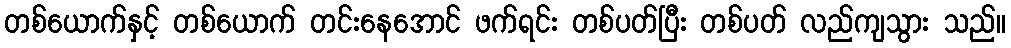
တစ်ယောက်နှင့် တစ်ယောက် တင်းနေအောင် ဖက်ရင်း တစ်ပတ်ပြီး တစ်ပတ် လည်ကျသွား သည်။